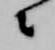
々